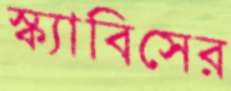
স্ক্যাবিসের